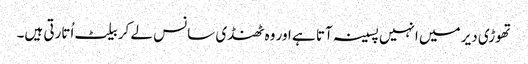
تھوڑی دیر میں انہیں پسینہ آتا ہے اور وہ ٹھنڈی سانس لے کر بیلٹ اُتارتی ہیں۔